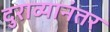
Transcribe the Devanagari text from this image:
दुराव्यानंतर